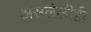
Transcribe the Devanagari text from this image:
असलेलीही